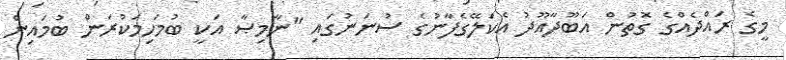
މީގެ ރައްދެއްގެ ގޮތުން އަބޫދާއޫދު އެކަލޭގެފާނުގެ ސުނަނުގައި "ނާމިޞާ އަކީ ބުމަހިމަކުރަން ބުމައިން